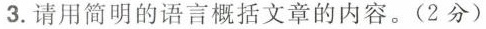
3.请用简明的语言概括文章的内容。(2分)